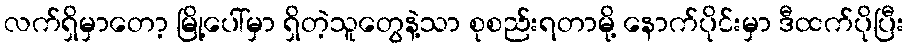
လက်ရှိမှာတော့ မြို့ပေါ်မှာ ရှိတဲ့သူတွေနဲ့သာ စုစည်းရတာမို့ နောက်ပိုင်းမှာ ဒီထက်ပိုပြီး